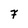
Character: F